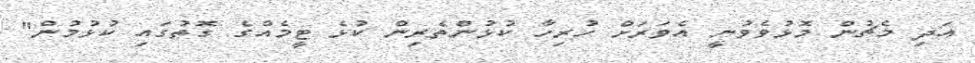
އަދި މެޗުން މޮޅުވެވުނީ އެވަރަށް ހުރިހާ ކުޅުންތެރިން ކުޅެ ޓީމެއްގެ ގޮތުގައި ކުޅުމުން"